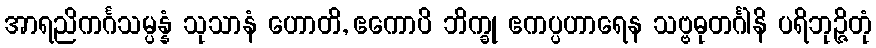
အာရညိကင်္ဂသမ္ပန္နံ သုသာနံ ဟောတိ, ဧကောပိ ဘိက္ခု ဧကပ္ပဟာရေန သဗ္ဗဓုတင်္ဂါနိ ပရိဘုဉ္ဇိတုံ